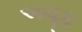
અચૂક